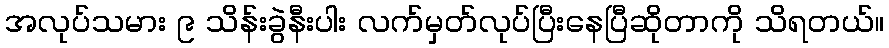
အလုပ်သမား ၉ သိန်းခွဲနီးပါး လက်မှတ်လုပ်ပြီးနေပြီဆိုတာကို သိရတယ်။